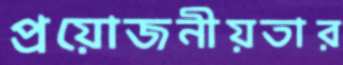
প্রয়োজনীয়তার